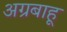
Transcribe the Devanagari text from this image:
अग्रबाहू